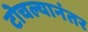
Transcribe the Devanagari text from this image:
टोचल्यानंतर